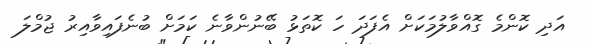
އަދި ކޮންމެ ގޮއްވާލުމަކަށް އެފަދަ ހަ ކޮތަޅު ބޭނުންވާނެ ކަމަށް ބުނެފައިވާއިރު ޖުމްލަ